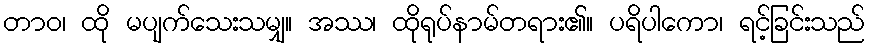
တာဝ၊ ထို မပျက်သေးသမျှ။ အဿ၊ ထိုရုပ်နာမ်တရား၏။ ပရိပါကော၊ ရင့်ခြင်းသည်